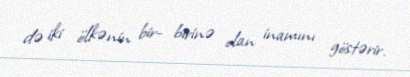
də iki ölkənin bir- birinə olan inamını göstərir.